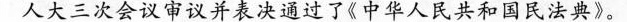
人大三次会议审议并表决通过了《中华人民共和国民法典》。